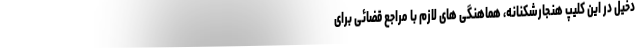
دخیل در این کلیپ هنجارشکنانه، هماهنگی های لازم با مراجع قضائی برای